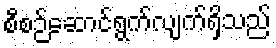
စီစဉ်ဆောင်ရွက်လျက်ရှိသည်